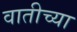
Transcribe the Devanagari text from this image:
वातीच्या